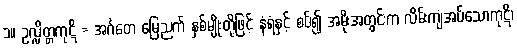
၁။ ဥလ္လိတ္တကုဋိ = အင်္ဂတေ မြေညက် နှစ်မျိုးတို့ဖြင့် နံရံနှင့် စပ်၍ အမိုးအတွင်းက လိမ်းကျံအပ်သောကုဋိ၊